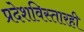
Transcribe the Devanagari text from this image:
प्रदेशविस्तारही